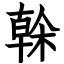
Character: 榦